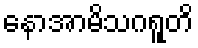
နောအာမိသဂရူတိ